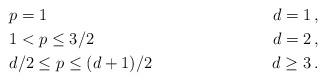
LaTeX: \begin{align*}& p=1 & \ d=1 \,,\\& 1<p\leq 3/2 & \ d=2 \,,\\& d/2\leq p\leq (d+1)/2 & \ d\geq 3 \,.\end{align*}